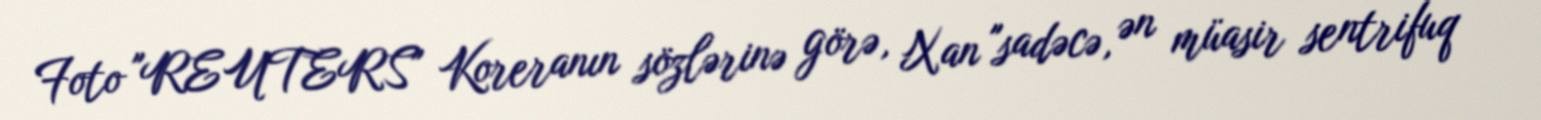
Foto "REUTERS" Koreranın sözlərinə görə, Xan "sadəcə, ən müasir sentrifuq